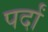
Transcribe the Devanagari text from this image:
पर्दां